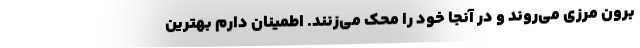
برون مرزی می‌روند و در آنجا خود را محک می‌زنند. اطمینان دارم بهترین